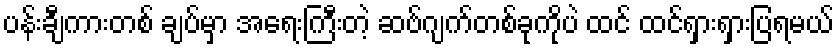
ပန်းချီကားတစ် ချပ်မှာ အရေးကြီးတဲ့ ဆဗ်ဂျက်တစ်ခုကိုပဲ ထင် ထင်ရှားရှားပြရမယ်